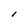
Character: l